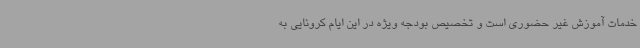
خدمات آموزش غیر حضوری است و تخصیص بودجه ویژه در این ایام کرونایی به